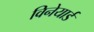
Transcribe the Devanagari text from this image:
विनेयार्ड